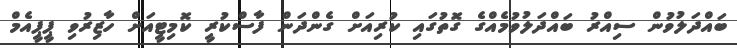
ބައްދަލުވުން ސިއްރު ބައްދަލުވުމެއްގެ ގޮތުގައި ކުރިއަށް ގެންދަން ފާސްކުރީ ކޮމިޓީއަށް ހާޒިރުވި ޕީޕީއެމް